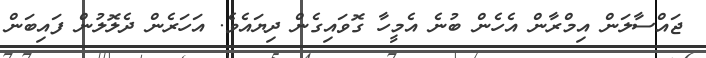
ޖައްސާލަން އިމްރާން އެހެން ބުނެ އެމީހާ ގޮވައިގެން ދިޔައެވެ. އަހަރެން ދެލޮލުން ފައިބަން